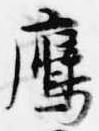
鷹